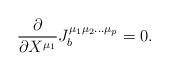
LaTeX: \begin{align*}\frac{\partial}{\partial X^{\mu_1}}J_{b}^{\mu_{1}\mu_{2}\ldots\mu_{p}} = 0. \end{align*}